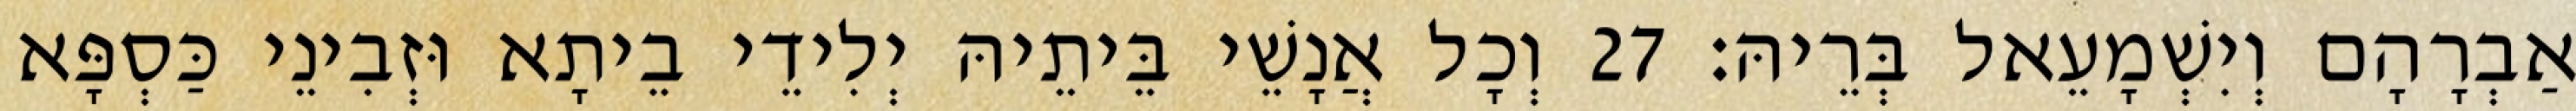
אַבְרָהָם וְיִשְׁמָעֵאל בְּרֵיהּ׃ 27 וְכָל אֲנָשֵׁי בֵּיתֵיהּ יְלִידֵי בֵיתָא וּזְבִינֵי כַּסְפָּא